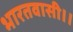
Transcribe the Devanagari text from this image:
भारतवासी।।